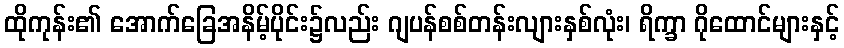
ထိုကုန်း၏ အောက်ခြေအနိမ့်ပိုင်း၌လည်း ဂျပန်စစ်တန်းလျားနှစ်လုံး၊ ရိက္ခာ ဂိုထောင်များနှင့်